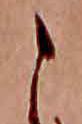
こ